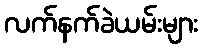
လက်နက်ခဲယမ်းများ